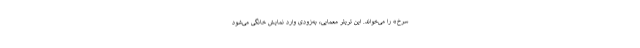
سرخ» را می‌خواند. این تریلر معمایی، به‌زودی وارد نمایش خانگی می‌شود